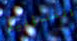
المسؤلية